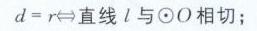
\(d = r\Leftrightarrow直线\ l\ 与\odot O\ 相切；\)